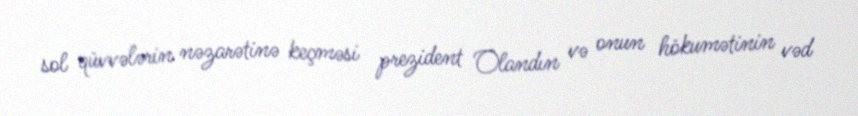
sol qüvvələrin nəzarətinə keçməsi prezident Olandın və onun hökumətinin vəd